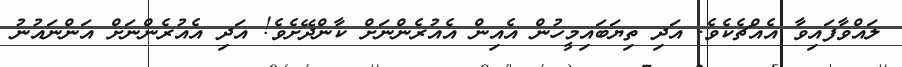
ލައްވާފައިވާ އެއްޗެކެވެ. އަދި ތިޔަބައިމީހުން އެއިން އެއުރެންނަށް ކާންދޭށެވެ! އަދި އެއުރެންނަށް އަންނައުނު